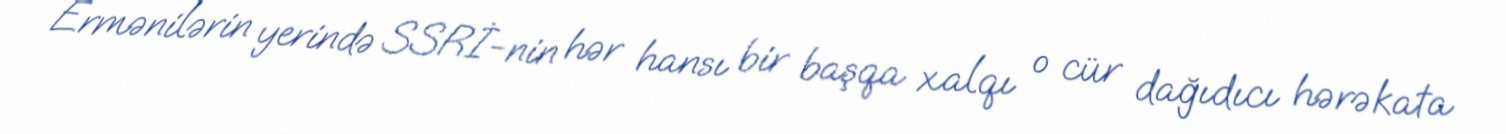
Ermənilərin yerində SSRİ-nin hər hansı bir başqa xalqı o cür dağıdıcı hərəkata